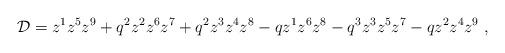
LaTeX: \begin{align*}{\cal D} = z^1z^5z^9 + q^2 z^2z^6z^7 + q^2 z^3z^4z^8 - q z^1z^6z^8 - q^3 z^3z^5z^7 - q z^2z^4z^9 \ ,\end{align*}